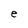
Character: e